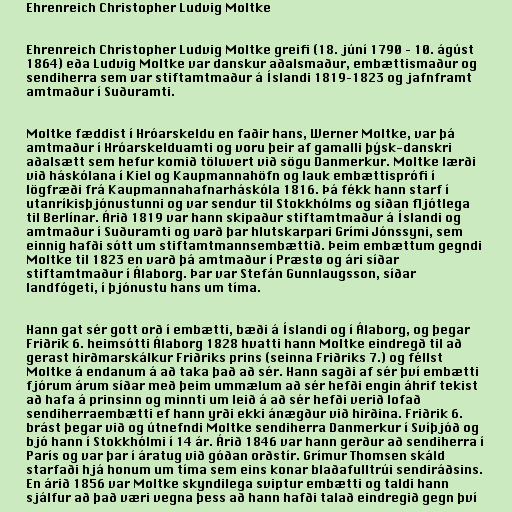
Ehrenreich Christopher Ludvig Moltke

Ehrenreich Christopher Ludvig Moltke greifi (18. júní 1790 – 10. ágúst
1864) eða Ludvig Moltke var danskur aðalsmaður, embættismaður og
sendiherra sem var stiftamtmaður á Íslandi 1819–1823 og jafnframt
amtmaður í Suðuramti.

Moltke fæddist í Hróarskeldu en faðir hans, Werner Moltke, var þá
amtmaður í Hróarskelduamti og voru þeir af gamalli þýsk-danskri
aðalsætt sem hefur komið töluvert við sögu Danmerkur. Moltke lærði
við háskólana í Kiel og Kaupmannahöfn og lauk embættisprófi í
lögfræði frá Kaupmannahafnarháskóla 1816. Þá fékk hann starf í
utanríkisþjónustunni og var sendur til Stokkhólms og síðan fljótlega
til Berlínar. Árið 1819 var hann skipaður stiftamtmaður á Íslandi og
amtmaður í Suðuramti og varð þar hlutskarpari Grími Jónssyni, sem
einnig hafði sótt um stiftamtmannsembættið. Þeim embættum gegndi
Moltke til 1823 en varð þá amtmaður í Præstø og ári síðar
stiftamtmaður í Álaborg. Þar var Stefán Gunnlaugsson, síðar
landfógeti, í þjónustu hans um tíma.

Hann gat sér gott orð í embætti, bæði á Íslandi og í Álaborg, og þegar
Friðrik 6. heimsótti Álaborg 1828 hvatti hann Moltke eindregð til að
gerast hirðmarskálkur Friðriks prins (seinna Friðriks 7.) og féllst
Moltke á endanum á að taka það að sér. Hann sagði af sér því embætti
fjórum árum síðar með þeim ummælum að sér hefði engin áhrif tekist
að hafa á prinsinn og minnti um leið á að sér hefði verið lofað
sendiherraembætti ef hann yrði ekki ánægður við hirðina. Friðrik 6.
brást þegar við og útnefndi Moltke sendiherra Danmerkur í Svíþjóð og
bjó hann í Stokkhólmi í 14 ár. Árið 1846 var hann gerður að sendiherra í
París og var þar í áratug við góðan orðstír. Grímur Thomsen skáld
starfaði hjá honum um tíma sem eins konar blaðafulltrúi sendiráðsins.
En árið 1856 var Moltke skyndilega sviptur embætti og taldi hann
sjálfur að það væri vegna þess að hann hafði talað eindregið gegn því